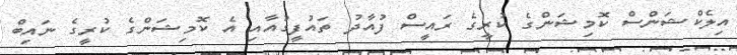
އިލެކްޝަންސް ކޮމިޝަންގެ ކުރީގެ ރައީސް ފުއާދު ތައުފީގުއާއި އެ ކޮމިޝަންގެ ކުރީގެ ނައިބް